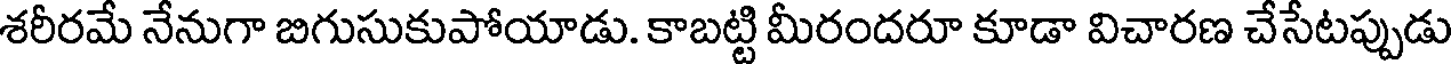
శరీరమే నేనుగా బిగుసుకుపోయాడు. కాబట్టి మీరందరూ కూడా విచారణ చేసేటప్పుడు